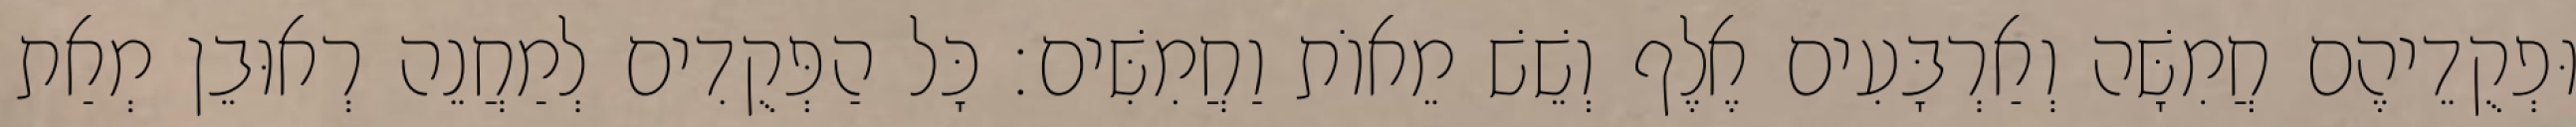
וּפְקֻדֵיהֶם חֲמִשָּׁה וְאַרְבָּעִים אֶלֶף וְשֵׁשׁ מֵאוֹת וַחֲמִשִּׁים׃ כָּל הַפְּקֻדִים לְמַחֲנֵה רְאוּבֵן מְאַת